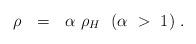
LaTeX: \begin{align*}\rho \ \ =\ \ \alpha \ \rho_H \ \ (\alpha \ > \ 1)\ .\end{align*}